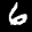
Label: 6